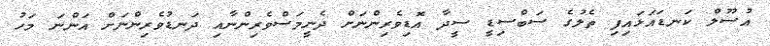
އުސޫލް ކަނޑައަޅައިފި ތެލުގެ ސަބްސިޑީ ސީދާ އޮޑިވެރިންނަށް ދެނީމަސްވެރިންނާއި ދަނޑުވެރިންނަށް އަންނަ މަހު